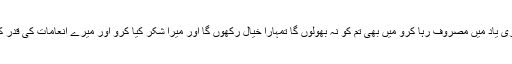
تم مجھے یاد کیا کرو اور میری یاد میں مصروف رہا کرو میں بھی تم کو نہ بھولوں گا تمہارا خیال رکھوں گا اور میرا شکر کیا کرو اور میرے انعامات کی قدر کیا کرو اور کفر نہ کیا کرو‘‘۔